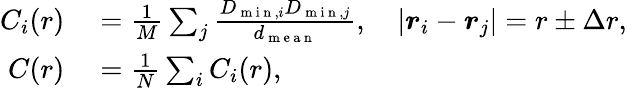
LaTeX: \begin{array}{rl}{C_{i}(r)}&{{}=\frac{1}{M}\sum_{j}\frac{D_{\mathrm{~m~i~n~},i}D_{\mathrm{~m~i~n~},j}}{d_{\mathrm{~m~e~a~n~}}},\quad|\boldsymbol{r}_{i}-\boldsymbol{r}_{j}|=r\pm\Delta r,}\\ {C(r)}&{{}=\frac{1}{N}\sum_{i}C_{i}(r),}\end{array}